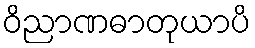
ဝိညာဏဓာတုယာပိ